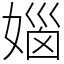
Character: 㛴